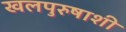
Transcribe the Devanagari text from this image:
खलपुरुषाशी